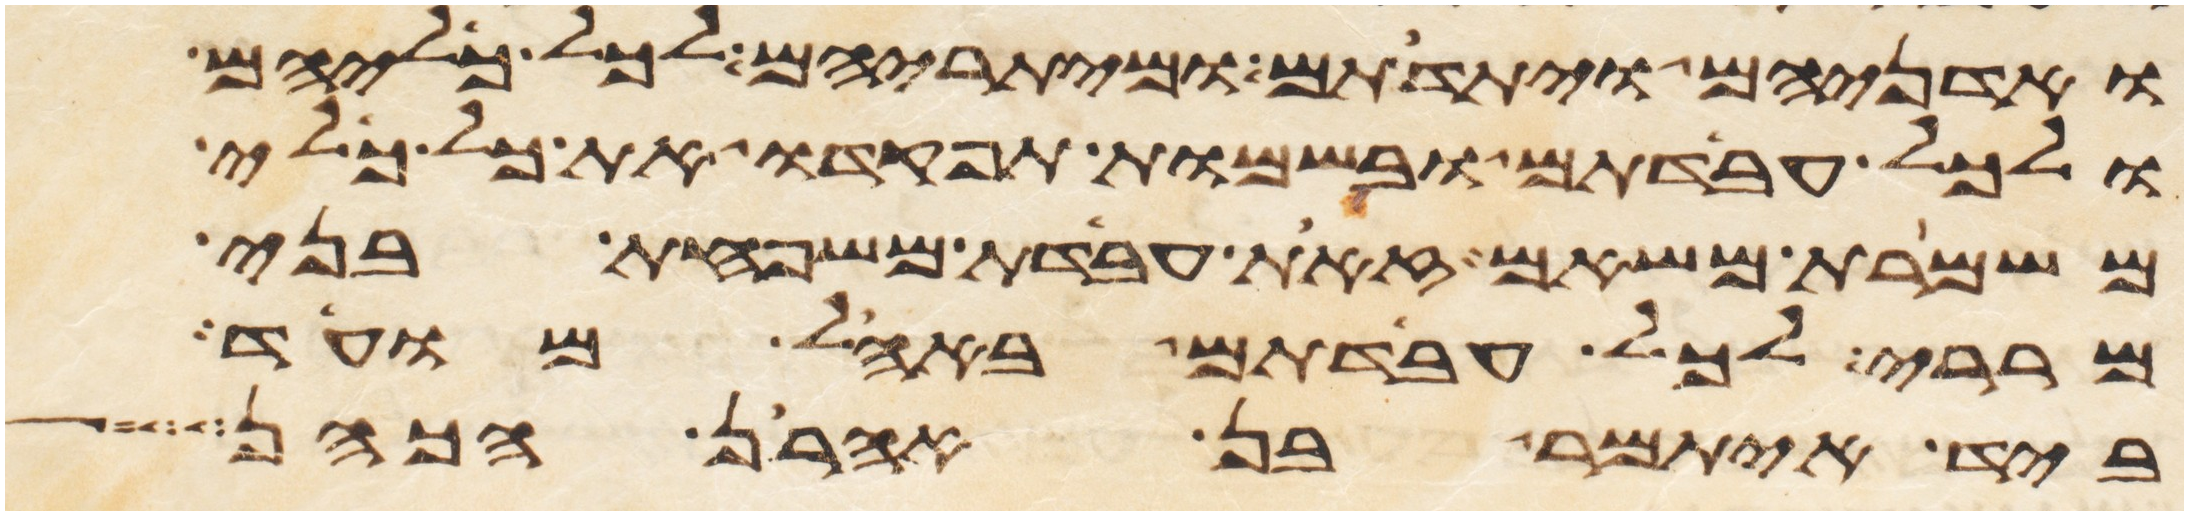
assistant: ואדניהם ויתדתם ומיתריהם לכל כליהם
ולכל עבדתם ובשמות תפקדו את כל כלי
משמרת משאם זאת עבדת משפחת בני
מררי לכל עבדתם באהל מועד
ביד איתמר בן אהרן הכהן